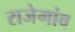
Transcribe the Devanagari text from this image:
राजेगांव